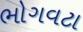
ભોગવટા